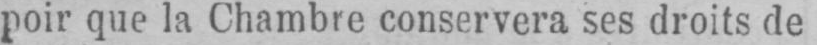
poir que la Chambre conservera ses droits de